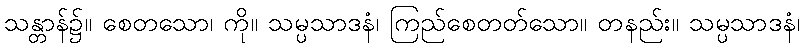
သန္တာန်၌။ စေတသော၊ ကို။ သမ္ပသာဒနံ၊ ကြည်စေတတ်သော။ တနည်း။ သမ္ပသာဒနံ၊